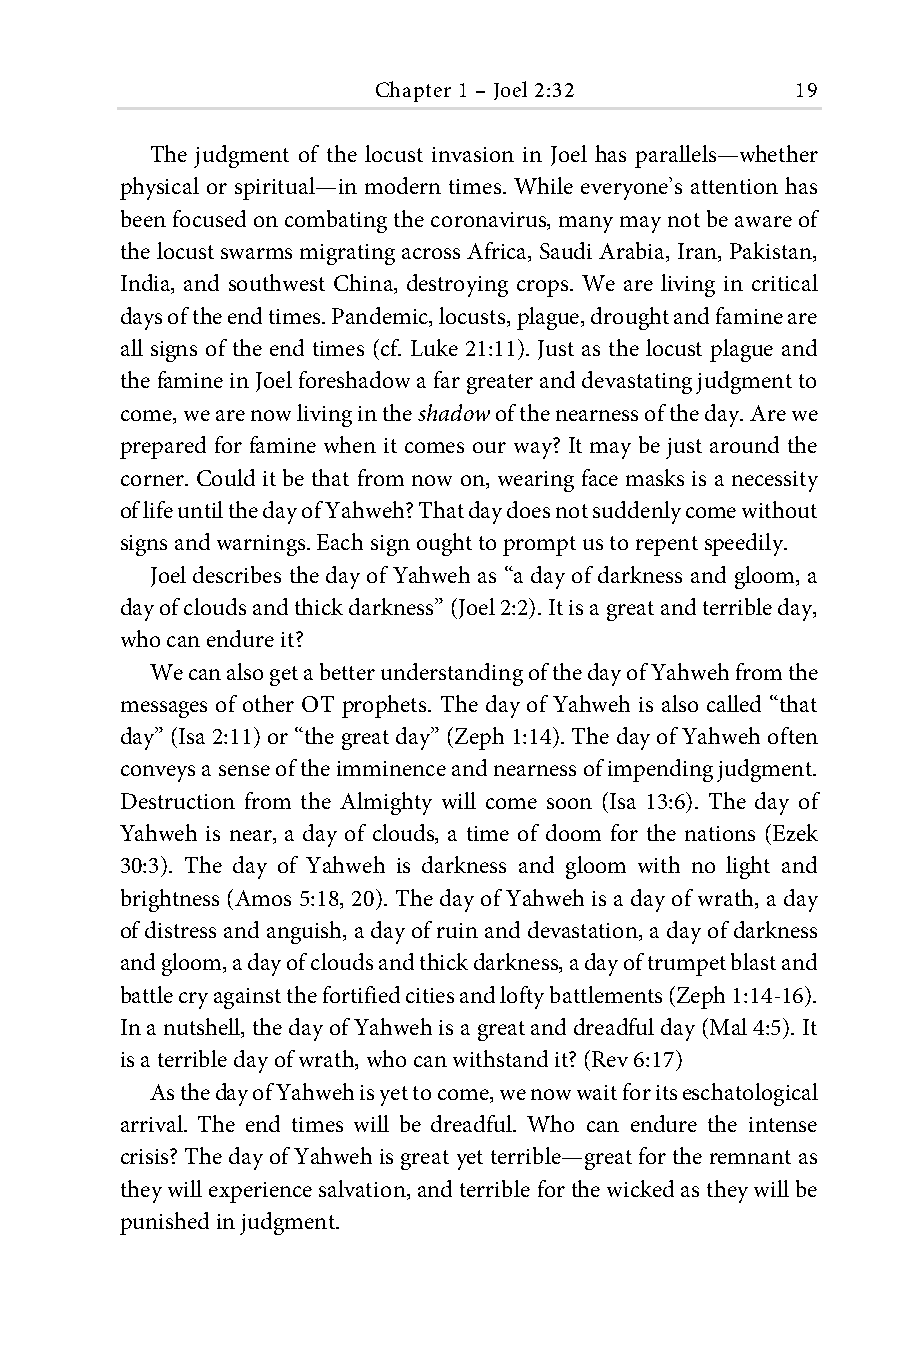
Chapter 1 – Joel 2:32       19
 The judgment of the locust invasion in Joel has parallels—whether
 physical or spiritual—in modern times. While everyone’s attention has
 been focused on combating the coronavirus, many may not be aware of
 the locust swarms migrating across Africa, Saudi Arabia, Iran, Pakistan,
 India, and southwest China, destroying crops. We are living in critical
 days of the end times. Pandemic, locusts, plague, drought and famine are
 all signs of the end times (cf. Luke 21:11). Just as the locust plague and
 the famine in Joel foreshadow a far greater and devastating judgment to
 come, we are now living in the shadow of the nearness of the day. Are we
 prepared for famine when it comes our way? It may be just around the
 corner. Could it be that from now on, wearing face masks is a necessity
 of life until the day of Yahweh? That day does not suddenly come without
 signs and warnings. Each sign ought to prompt us to repent speedily.
 Joel describes the day of Yahweh as “a day of darkness and gloom, a
 day of clouds and thick darkness” (Joel 2:2). It is a great and terrible day,
 who can endure it?
 We can also get a better understanding of the day of Yahweh from the
 messages of other OT prophets. The day of Yahweh is also called “that
 day” (Isa 2:11) or “the great day” (Zeph 1:14). The day of Yahweh often
 conveys a sense of the imminence and nearness of impending judgment.
 Destruction from the Almighty will come soon (Isa 13:6). The day of
 Yahweh is near, a day of clouds, a time of doom for the nations (Ezek
 30:3). The day of Yahweh is darkness and gloom with no light and
 brightness (Amos 5:18, 20). The day of Yahweh is a day of wrath, a day
 of distress and anguish, a day of ruin and devastation, a day of darkness
 and gloom, a day of clouds and thick darkness, a day of trumpet blast and
 battle cry against the fortified cities and lofty battlements (Zeph 1:14-16).
 In a nutshell, the day of Yahweh is a great and dreadful day (Mal 4:5). It
 is a terrible day of wrath, who can withstand it? (Rev 6:17)
 As the day of Yahweh is yet to come, we now wait for its eschatological
 arrival. The end times will be dreadful. Who can endure the intense
 crisis? The day of Yahweh is great yet terrible—great for the remnant as
 they will experience salvation, and terrible for the wicked as they will be
 punished in judgment.